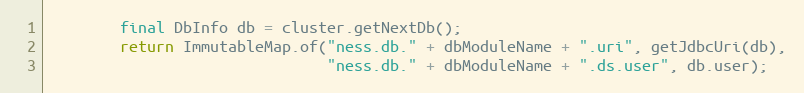
Language: Java
        final DbInfo db = cluster.getNextDb();
        return ImmutableMap.of("ness.db." + dbModuleName + ".uri", getJdbcUri(db),
                               "ness.db." + dbModuleName + ".ds.user", db.user);